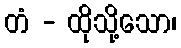
တံ - ထိုသို့သော၊